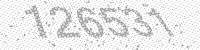
Solution: 126531